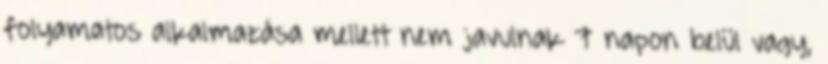
folyamatos alkalmazása mellett nem javulnak 7 napon belül vagy,